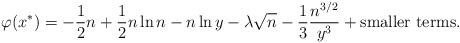
LaTeX: \begin{align*}\varphi(x^\ast) = -\frac12 n +\frac12 n\ln n -n\ln y -\lambda \sqrt{n} -\frac13 \frac{n^{3/2}}{y^3}+\rm{smaller~terms.}\end{align*}